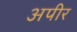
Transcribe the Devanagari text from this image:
अपीर